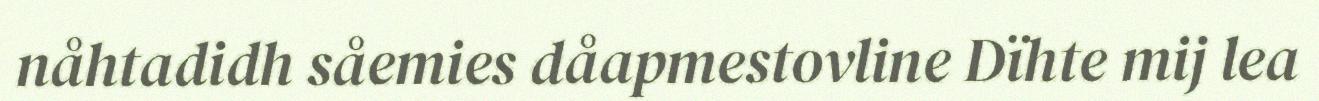
nåhtadidh såemies dåapmestovline Dïhte mij lea